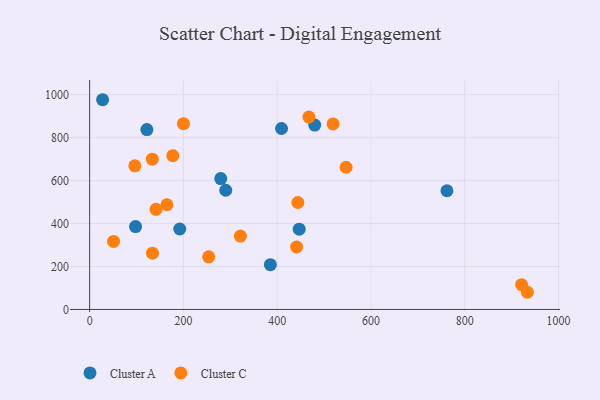
{"axis": {"x": "Investment", "y": "Exam Score"}, "legend": ["Cluster A", "Cluster C"], "data": [{"x": "409.2", "y": 842.5, "type": "Cluster A"}, {"x": "446.9", "y": 373.6, "type": "Cluster A"}, {"x": "480.0", "y": 858.4, "type": "Cluster A"}, {"x": "385.4", "y": 208.7, "type": "Cluster A"}, {"x": "192.2", "y": 374.6, "type": "Cluster A"}, {"x": "27.7", "y": 976.6, "type": "Cluster A"}, {"x": "762.0", "y": 552.8, "type": "Cluster A"}, {"x": "279.6", "y": 609.3, "type": "Cluster A"}, {"x": "97.9", "y": 385.7, "type": "Cluster A"}, {"x": "122.1", "y": 837.7, "type": "Cluster A"}, {"x": "290.3", "y": 555.1, "type": "Cluster A"}, {"x": "933.5", "y": 80.0, "type": "Cluster C"}, {"x": "321.4", "y": 341.6, "type": "Cluster C"}, {"x": "546.9", "y": 662.2, "type": "Cluster C"}, {"x": "164.8", "y": 487.5, "type": "Cluster C"}, {"x": "134.0", "y": 262.2, "type": "Cluster C"}, {"x": "921.2", "y": 115.6, "type": "Cluster C"}, {"x": "141.6", "y": 466.3, "type": "Cluster C"}, {"x": "200.0", "y": 865.1, "type": "Cluster C"}, {"x": "96.3", "y": 668.8, "type": "Cluster C"}, {"x": "441.4", "y": 290.9, "type": "Cluster C"}, {"x": "467.6", "y": 895.9, "type": "Cluster C"}, {"x": "519.1", "y": 864.1, "type": "Cluster C"}, {"x": "444.0", "y": 498.1, "type": "Cluster C"}, {"x": "253.9", "y": 245.3, "type": "Cluster C"}, {"x": "177.3", "y": 716.3, "type": "Cluster C"}, {"x": "133.7", "y": 699.8, "type": "Cluster C"}, {"x": "51.0", "y": 316.6, "type": "Cluster C"}]}